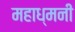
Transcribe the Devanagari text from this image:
महाध्मनी